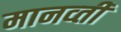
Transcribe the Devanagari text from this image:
मानव्ती